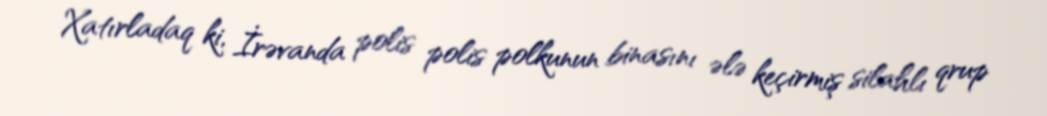
Xatırladaq ki, İrəvanda polis polis polkunun binasını ələ keçirmiş silahlı qrup